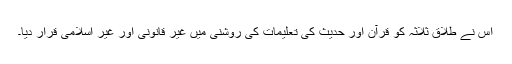
اس نے طلاق ثلاثہ کو قرآن اور حدیث کی تعلیمات کی روشنی میں غیر قانونی اور غیر اسلامی قرار دیا۔